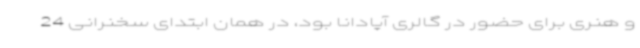
و هنری برای حضور در گالری آپادانا بود، در همان ابتدای سخنرانی 24